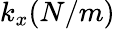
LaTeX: k_{x}(N/m)